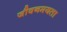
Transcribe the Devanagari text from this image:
जीवनमयता